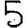
Digit: 5